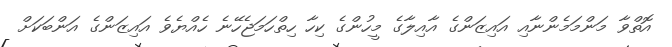
އޮތްވާ މަންމަމެންނާއި އައިޒަންގެ އާއިލާގެ މީހުންގެ ކިހާ ހިތްހަމަޖެހޭނެ ހެއްޔެވެ އައިޒަންގެ އަންބަކަށް